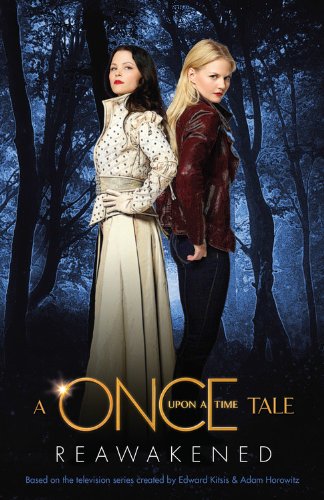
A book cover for Reawakened: A Once Upon a Time Tale; Odette Beane; Literature & Fiction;